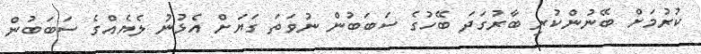
ކުރުމަށް ބޭނުންކުރި ބާރުގަދަ ބޭހުގެ ސަބަބުން ނުވަތަ ގަޔަށް އެޅުނު ލެޔެއްގެ ސަބަބުން